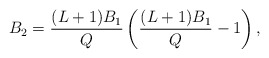
\begin{align*} B_2 = \frac{(L+1)B_1}{Q} \left(\frac{(L+1)B_1}{Q} - 1\right), \end{align*}